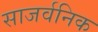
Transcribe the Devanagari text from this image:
साजर्वनिक